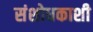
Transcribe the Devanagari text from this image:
संशोधकाशी